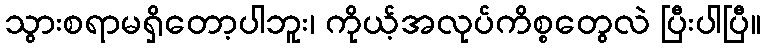
သွားစရာမရှိတော့ပါဘူး၊ ကိုယ့်အလုပ်ကိစ္စတွေလဲ ပြီးပါပြီ။